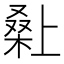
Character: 𭫌